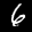
Label: 6